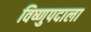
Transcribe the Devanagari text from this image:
विष्णुपदाला